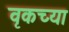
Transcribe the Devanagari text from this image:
वृकच्या